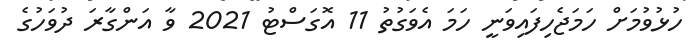
ހުޅުވުމަށް ހަމަޖެހިފައިވަނީ ހަމަ އެވަގުތު 11 އޮގަސްޓު 2021 ވާ އަންގާރަ ދުވަހުގެ